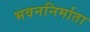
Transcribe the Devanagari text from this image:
भवननिर्माता